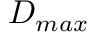
D _ { m a x }